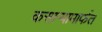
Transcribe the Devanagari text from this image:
कसार्‍यामार्फत